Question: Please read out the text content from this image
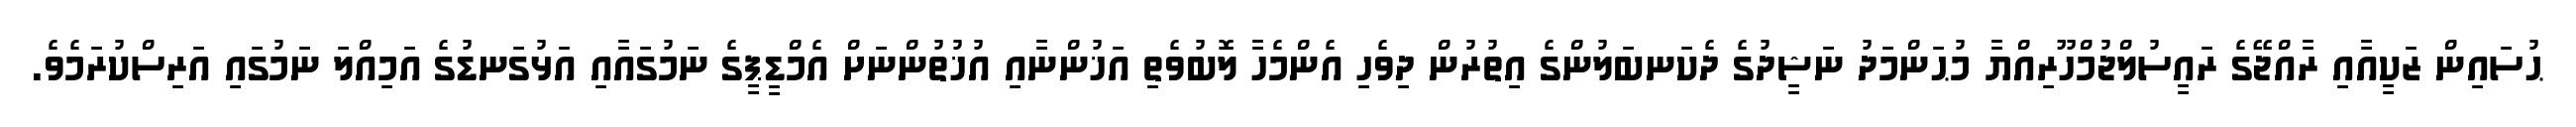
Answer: ޙުސައިން ޒަކީއާއި ރާއްޖޭގެ ރައީސުލްޖުމްހޫރިއްޔާ މުޙަންމަދު ނަޝީދުގެ ދެކަނބަލުންގެ އިތުރުން ދިވެހި އެންމެހާ ލޮބުވެތި އަޚުންނާއި އުޚުތުންނަށް އެމްޑީޕީގެ ނަމުގައާއި އަޅުގަނޑުގެ އަމިއްލަ ނަމުގައި އަރިސްކުރަމެވެ.